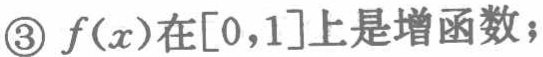
\textcircled{3} $f(x)$在$[0,1]$上是增函数；